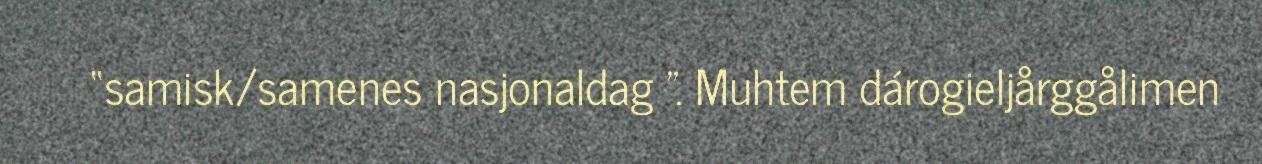
“samisk/samenes nasjonaldag ". Muhtem dárogieljårggålimen